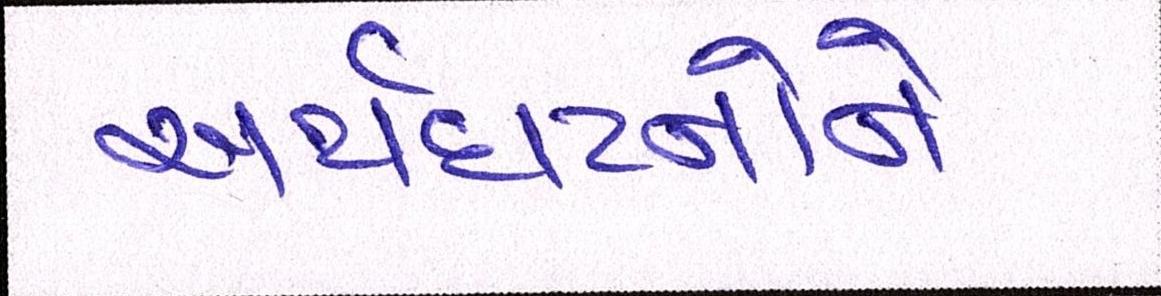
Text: અર્થઘટનોને